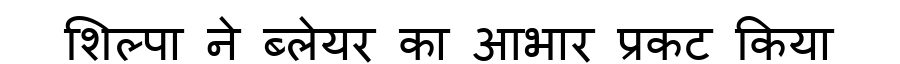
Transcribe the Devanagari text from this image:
शिल्पा ने ब्लेयर का आभार प्रकट किया